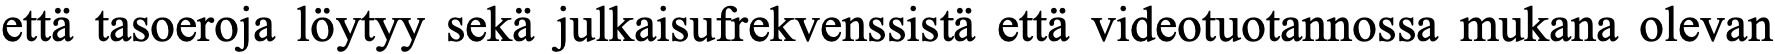
että tasoeroja löytyy sekä julkaisufrekvenssistä että videotuotannossa mukana olevan